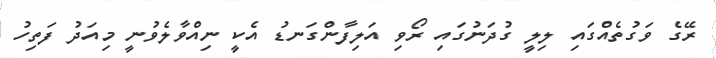
ރޭގެ ވަގުތެއްގައި ލިލީ ގުދަނުގައި ރޯވި އަލިފާންގަނޑު އެކީ ނިއްވާލެވުނީ މިއަދު ފަތިހު